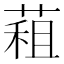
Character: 蒩